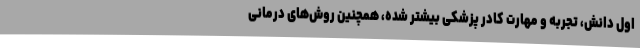
اول دانش، تجربه و مهارت کادر پزشکی بیشتر شده، همچنین روش‌های درمانی